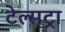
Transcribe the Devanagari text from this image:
टेल्‍सट्रा